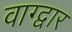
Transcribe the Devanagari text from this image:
वाग्द्वार